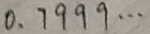
0 . 7 9 9 9 \cdots